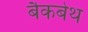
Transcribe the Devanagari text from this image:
बैकबेथ